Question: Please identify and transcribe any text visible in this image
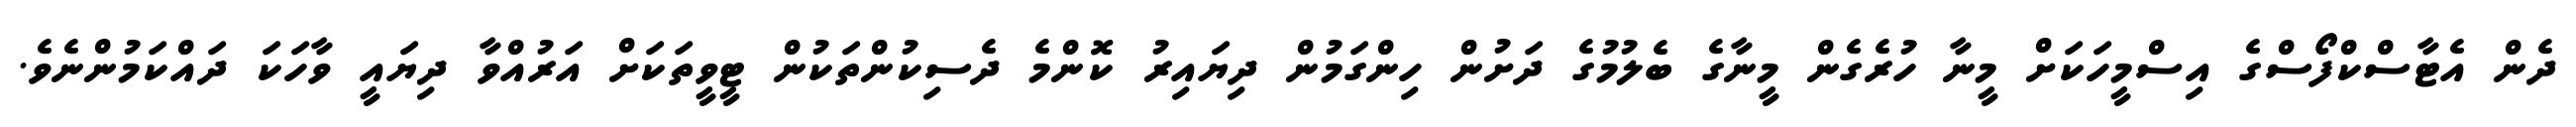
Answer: ދެން އެޓާސްކްފޯސްގެ އިސްމީހަކަށް މީނާ ހުރެގެން މީނާގެ ބެލުމުގެ ދަށުން ހިންގަމުން ދިޔައިރު ކޮންމެ ދެސިކުންތަކުން ޓީވީތަކަށް އަރުއްވާ ދިޔައީ ވާހަކަ ދައްކަމުންނެވެ.